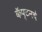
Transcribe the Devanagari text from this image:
कॅप्टनचे